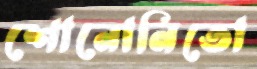
শোনোনিতো